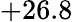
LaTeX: +26.8